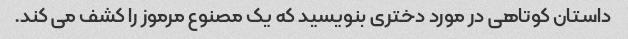
داستان کوتاهی در مورد دختری بنویسید که یک مصنوع مرموز را کشف می کند.